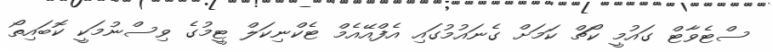
ސްޓެވާޓް ގައުމީ ކޯޗް ކަމަށް ގެނައުމުގައި އެފްއޭއެމް ޓެކްނިކަލް ޓީމުގެ ވިސްނުމަކީ ކޮބައިތޯ